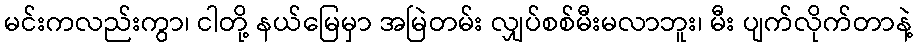
မင်းကလည်းကွာ၊ ငါတို့ နယ်မြေမှာ အမြဲတမ်း လျှပ်စစ်မီးမလာဘူး၊ မီး ပျက်လိုက်တာနဲ့